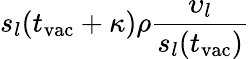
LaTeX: s_{l}(t_{\mathrm{vac}}+\kappa)\rho\frac{\upsilon_{l}}{s_{l}(t_{\mathrm{vac}})}